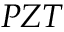
_ { P Z T }